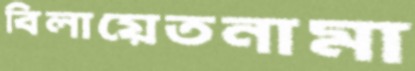
বিলায়েতনামা